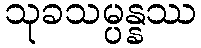
သုခသမ္ပန္နဿ